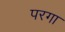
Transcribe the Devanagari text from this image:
परगा